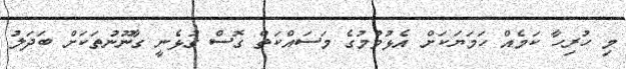
މި ހުރިހާ ކަމެއް ހަމަޔަކަށް އެޅުވުމުގެ މަސައްކަތް ގޮސް ގުޅެނީ ގާނޫނުތަކަށް ބަދަލު